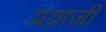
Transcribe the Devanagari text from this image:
प्रव्राजी